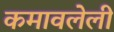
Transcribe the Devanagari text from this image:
कमावलेली